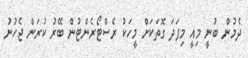
ދެމުން ބުނީ މިއީ މިފަދަ ގޮތަކަށް މީހަކު ރެސްޓޯރެންޓުން ބޭރު ކުރަން ޖެހުނު